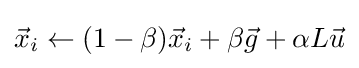
{\vec {x}}_{i}\leftarrow (1-\beta ){\vec {x}}_{i}+\beta {\vec {g}}+\alpha L{\vec {u}}